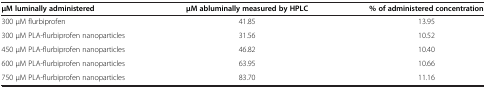
<table><thead><tr><td><b>μM luminally administered</b></td><td><b>μM abluminally measured by HPLC</b></td><td><b>% of administered concentration</b></td></tr></thead><tbody><tr><td>300 μM flurbiprofen</td><td>41.85</td><td>13.95</td></tr><tr><td>300 μM PLA-flurbiprofen nanoparticles</td><td>31.56</td><td>10.52</td></tr><tr><td>450 μM PLA-flurbiprofen nanoparticles</td><td>46.82</td><td>10.40</td></tr><tr><td>600 μM PLA-flurbiprofen nanoparticles</td><td>63.95</td><td>10.66</td></tr><tr><td>750 μM PLA-flurbiprofen nanoparticles</td><td>83.70</td><td>11.16</td></tr></tbody></table>